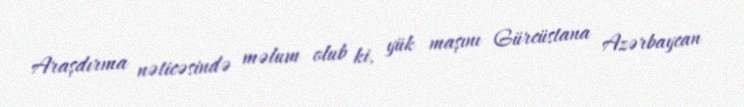
Araşdırma nəticəsində məlum olub ki, yük maşını Gürcüstana Azərbaycan